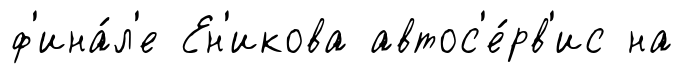
ф'ина́л'е Ен'икова автос'е́рв'ис на